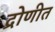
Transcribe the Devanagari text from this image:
द्रोणीत